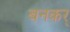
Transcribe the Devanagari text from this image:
बनकर्